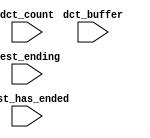
module soc_system_cpu_s0_oci_test_bench (
                                          // inputs:
                                           dct_buffer,
                                           dct_count,
                                           test_ending,
                                           test_has_ended
                                        )
;

  input   [ 29: 0] dct_buffer;
  input   [  3: 0] dct_count;
  input            test_ending;
  input            test_has_ended;


endmodule